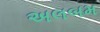
અલબમ